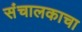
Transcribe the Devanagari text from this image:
संचालकाचा